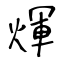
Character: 煇